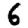
Digit: 6